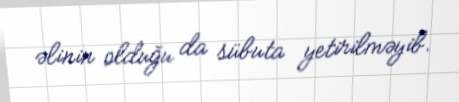
əlinin olduğu da sübuta yetirilməyib.